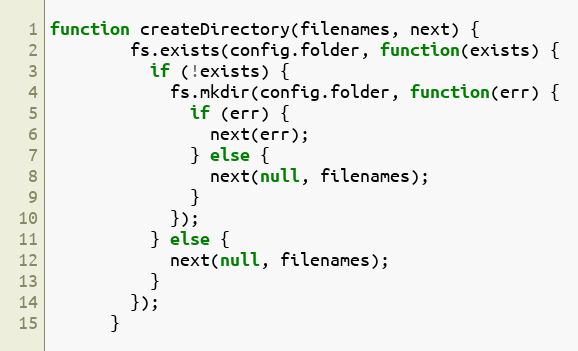
Language: JavaScript
function createDirectory(filenames, next) {
        fs.exists(config.folder, function(exists) {
          if (!exists) {
            fs.mkdir(config.folder, function(err) {
              if (err) {
                next(err);
              } else {
                next(null, filenames);
              }
            });
          } else {
            next(null, filenames);
          }
        });
      }